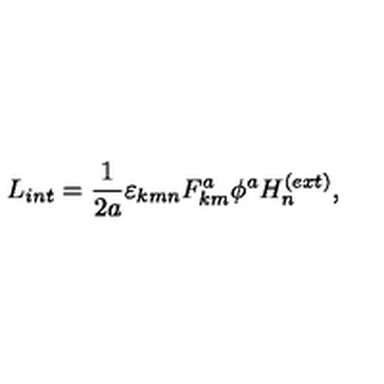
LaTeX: L _ { i n t } = \frac { 1 } { 2 a } \varepsilon _ { k m n } F _ { k m } ^ { a } \phi ^ { a } H _ { n } ^ { ( e x t ) } ,